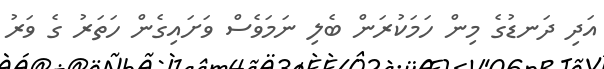
އަދި ދަނޑުގެ މިން ހަމަކުރަން ބެލި ނަމަވެސް ވަށައިގެން ހަތަރު ގެ ވަރު